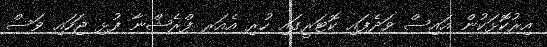
އިރުކޮޅަކުން އައިސް ވަދެފައި ކޮޓަރީގައި ހުރި އެއަރ ފްރެޝްނާ ފުޅި ޖަހައި ވަސް